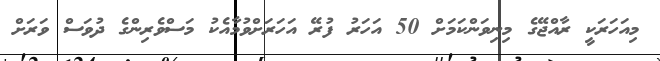
މިއަހަރަކީ ރާއްޖޭގެ މިނިވަންކަމަށް 50 އަހަރު ފުރޭ އަހަރަށްވުމާއެކު މަސްވެރިންގެ ދުވަސް ވަރަށް